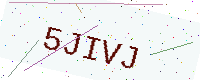
Text: 5JIVJ